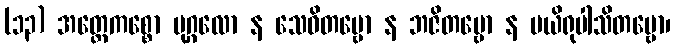
(၁၃) အတ္ထေကစ္စော ပုဂ္ဂလော န သေဝိတဗ္ဗော န ဘဇိတဗ္ဗော န ပယိရုပါသိတဗ္ဗော၊